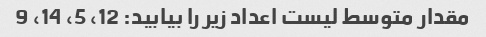
مقدار متوسط لیست اعداد زیر را بیابید: 12، 5، 14، 9